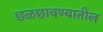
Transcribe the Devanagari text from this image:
छळछावण्यातील